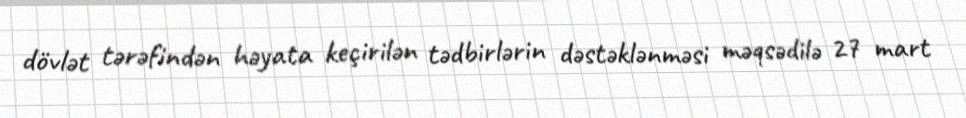
dövlət tərəfindən həyata keçirilən tədbirlərin dəstəklənməsi məqsədilə 27 mart